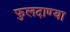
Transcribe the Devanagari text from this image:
फुलदाण्या